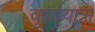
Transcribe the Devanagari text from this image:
वृहदयात्रा